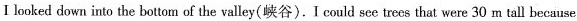
I looked down into the bottom of the valley(峡谷).I could see trees that were 30 m tall because